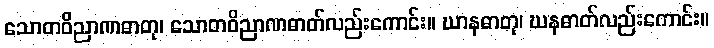
သောတဝိညာဏဓာတု၊ သောတဝိညာဏဓာတ်လည်းကောင်း။ ဃာနဓာတု၊ ဃနဓာတ်လည်းကောင်း။